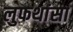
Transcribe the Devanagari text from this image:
लुफथांसा